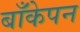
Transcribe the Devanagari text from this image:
बाँकेपन